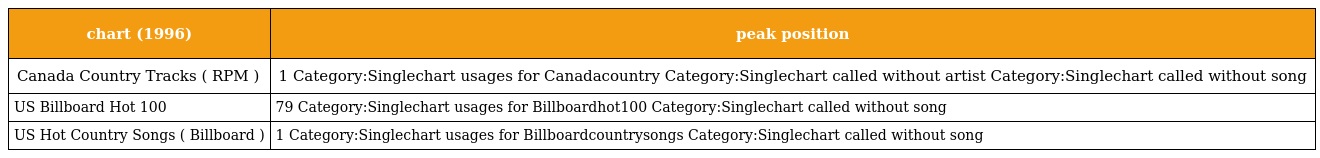
| chart (1996) | peak position |
 | --- | --- |
 | Canada Country Tracks ( RPM ) | 1 Category:Singlechart usages for Canadacountry Category:Singlechart called without artist Category:Singlechart called without song |
 | US Billboard Hot 100 | 79 Category:Singlechart usages for Billboardhot100 Category:Singlechart called without song |
 | US Hot Country Songs ( Billboard ) | 1 Category:Singlechart usages for Billboardcountrysongs Category:Singlechart called without song |